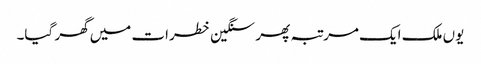
یوں ملک ایک مرتبہ پھر سنگین خطرات میں گھر گیا۔